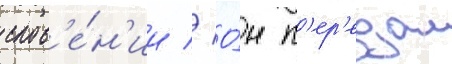
слов'е́н'ии // О́н п'ер'едал